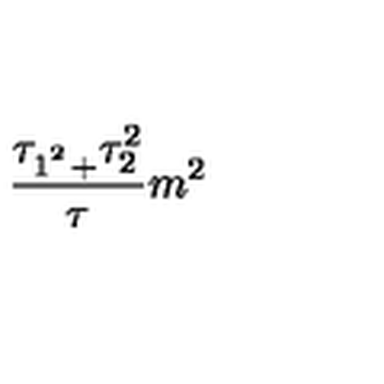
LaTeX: \frac { \tau _ { 1 ^ { ^ { 2 } } + } \tau _ { 2 } ^ { 2 } } { \tau } m ^ { 2 }